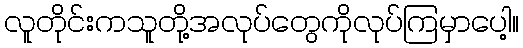
လူတိုင်းကသူတို့အလုပ်တွေကိုလုပ်ကြမှာပေါ့။